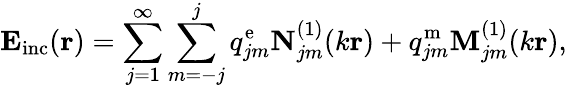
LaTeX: \mathbf{E}_{\mathrm{inc}}(\mathbf{r})=\sum_{j=1}^{\infty}\sum_{m=-j}^{j}q_{jm}^{\mathrm{e}}\mathbf{N}_{jm}^{(1)}(k\mathbf{r})+q_{jm}^{\mathrm{m}}\mathbf{M}_{jm}^{(1)}(k\mathbf{r}),